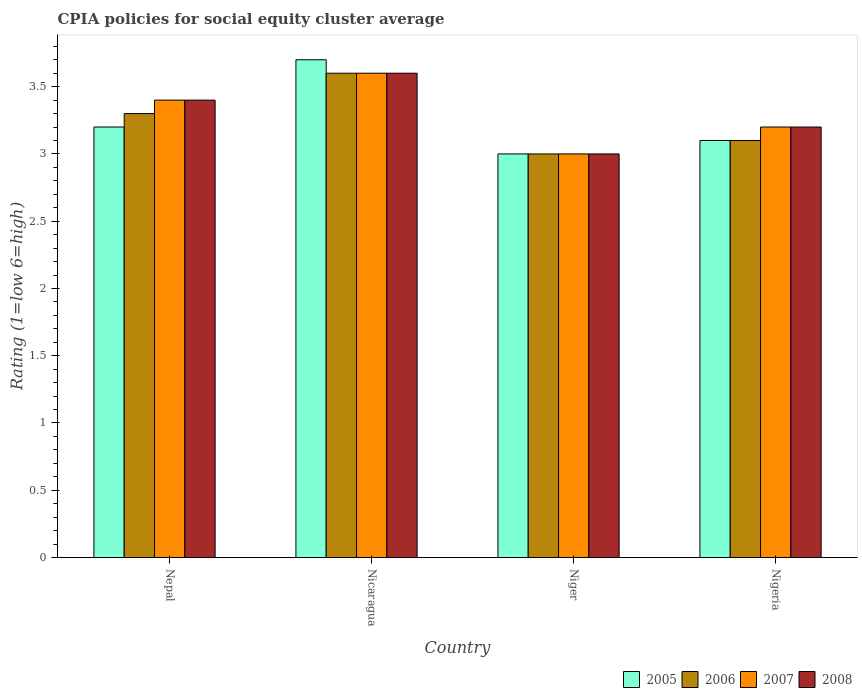
| Country | 2005 | 2006 | 2007 | 2008 |
 | --- | --- | --- | --- | --- |
 | Nepal | 3.2 | 3.3 | 3.4 | 3.4 |
 | Nicaragua | 3.7 | 3.6 | 3.6 | 3.6 |
 | Niger | 3 | 3 | 3 | 3 |
 | Nigeria | 3.1 | 3.1 | 3.2 | 3.2 |